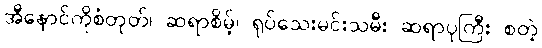
အီနောင်ကိုစံတုတ်၊ ဆရာစိမ့်၊ ရုပ်သေးမင်းသမီး ဆရာပုကြီး စတဲ့